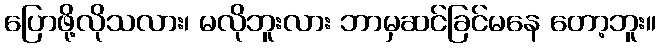
ပြောဖို့လိုသလား၊ မလိုဘူးလား ဘာမှဆင်ခြင်မနေ တော့ဘူး။